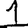
Digit: 1